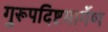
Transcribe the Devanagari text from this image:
गुरूपदिष्टमार्गेण